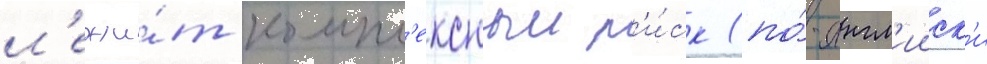
л'ежи́т компл'ексныи р'и́ск (по́-англ'ииск'и